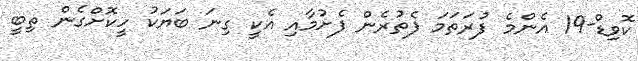
ކޮވިޑް-19 އެންމެ ފުރަތަމަ ފެތުރެން ފެށުމާއި އެކީ ގިނަ ބަޔަކު ހީކޮށްގެން ތިބީ